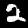
Label: 2